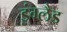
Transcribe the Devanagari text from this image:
इंग्लैड